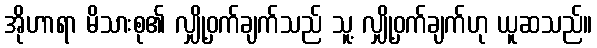
အိုဟာရာ မိသားစု၏ လျှို့ဝှက်ချက်သည် သူ့ လျှို့ဝှက်ချက်ဟု ယူဆသည်။